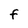
Character: F